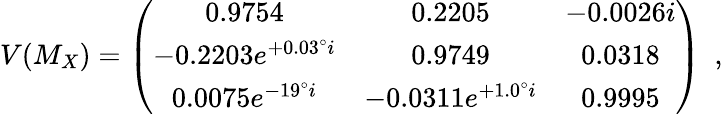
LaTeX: V(M_{X})=\left(\begin{array}{ccc}{{0.9754}}&{{0.2205}}&{{-0.0026i}}\\ {{-0.2203e^{+0.03^{\circ}i}}}&{{0.9749}}&{{0.0318}}\\ {{0.0075e^{-19^{\circ}i}}}&{{-0.0311e^{+1.0^{\circ}i}}}&{{0.9995}}\end{array}\right)\ \ ,